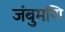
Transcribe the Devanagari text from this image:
जंबुमणि